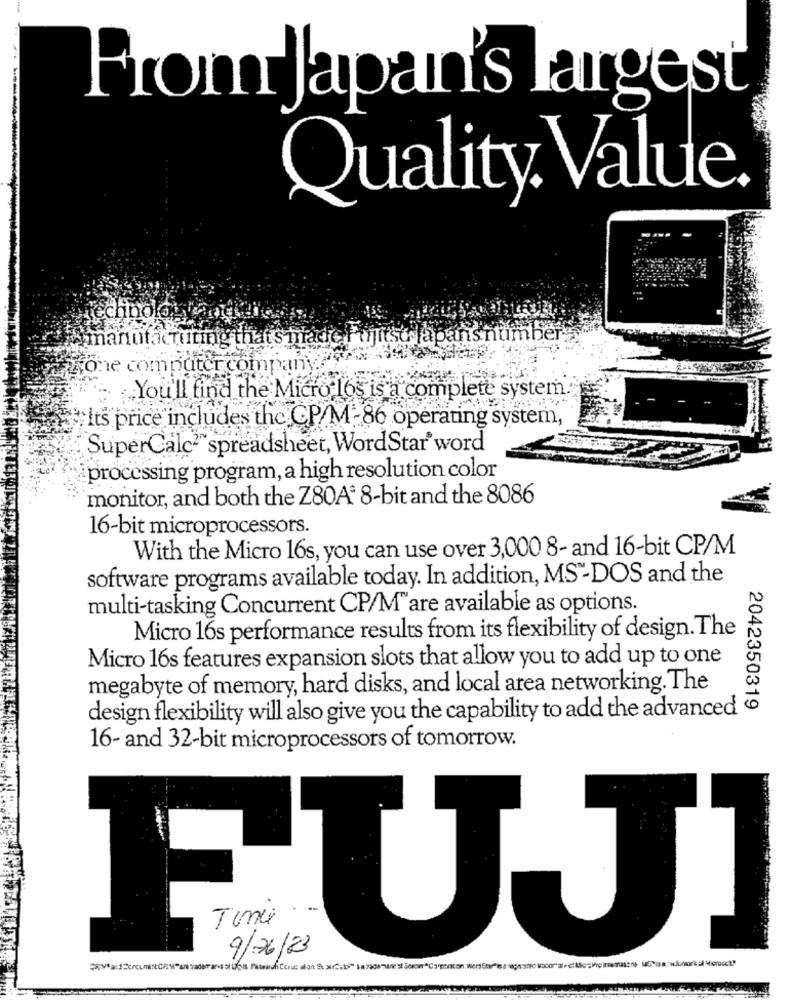
From Japan's largest
Quality. Value
technolo,
manufacturing thats made fujitsu japans number
one computercompan 7 rx
You'll find the Micro 165 35 3
is a complete system."
#Its price includes the CP/M -86 operating system,
SuperCalc2" spreadsheet, WordStar' word
processing program, a high resolution color
monitor, and both the Z80A3 8-bit and the 8086
16-bit microprocessors.
With the Micro 16s, you can use over 3,000 8- and 16-bit CP/M
software programs available today. In addition, MS -DOS and the
multi-tasking Concurrent CP/M"are available as options.
Micro 16s performance results from its flexibility of design. The
Micro 16s features expansion slots that allow you to add up to one
megabyte of memory, hard disks, and local area networking. The
2042350319
design flexibility will also give you the capability to add the advanced
16- and 32-bit microprocessors of tomorrow.
FUJI